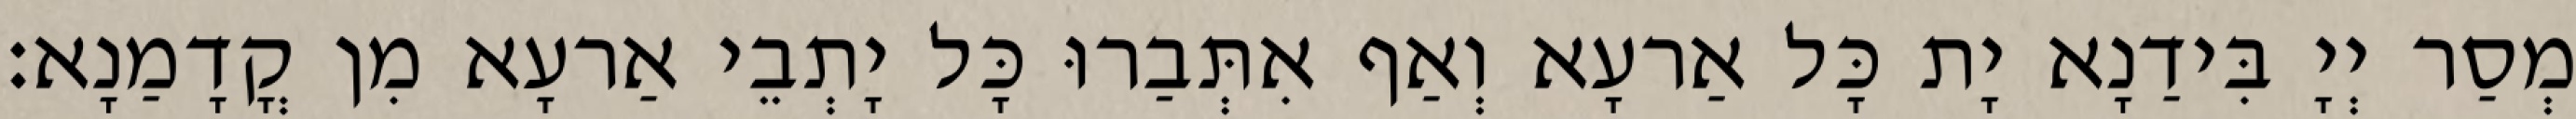
מְסַר יְיָ בִּידַנָא יָת כָּל אַרעָא וְאַף אִתְּבַרוּ כָּל יָתְבֵי אַרעָא מִן קֳדָמַנָא׃